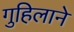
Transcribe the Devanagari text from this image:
गुहिलाने